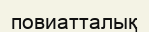
повиатталық